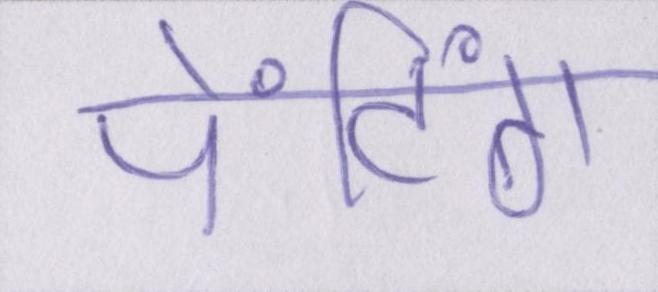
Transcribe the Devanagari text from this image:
पेंटिंग